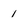
Character: 1